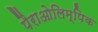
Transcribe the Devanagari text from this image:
पैराओलिम्पिक